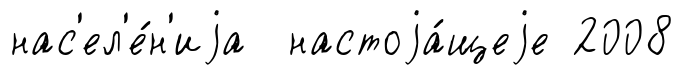
нас'ел'е́н'иjа настоjа́щеjе 2008